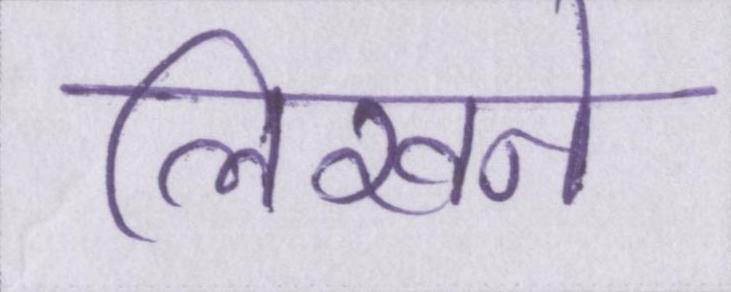
लिखने